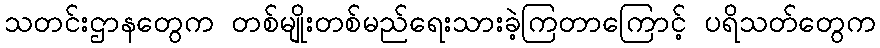
သတင်းဌာနတွေက တစ်မျိုးတစ်မည်ရေးသားခဲ့ကြတာကြောင့် ပရိသတ်တွေက